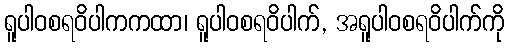
ရူပါဝစရဝိပါကကထာ၊ ရူပါဝစရဝိပါက်, အရူပါဝစရဝိပါက်ကို